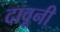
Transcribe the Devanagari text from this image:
दावूनी